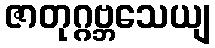
ဇာတုဂ္ဂဗ္ဘသေယျ